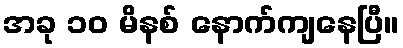
အခု ၁၀ မိနစ် နောက်ကျနေပြီ။